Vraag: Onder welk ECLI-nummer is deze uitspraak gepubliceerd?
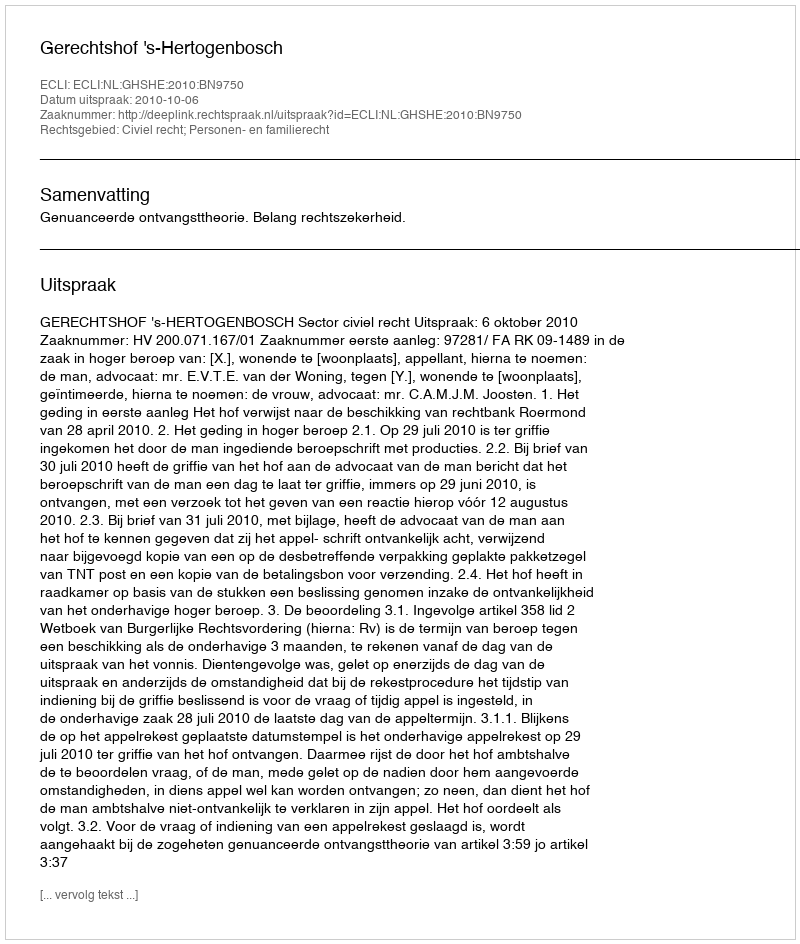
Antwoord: ECLI:NL:GHSHE:2010:BN9750